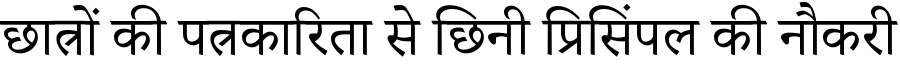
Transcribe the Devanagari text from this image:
छात्रों की पत्रकारिता से छिनी प्रिसिंपल की नौकरी